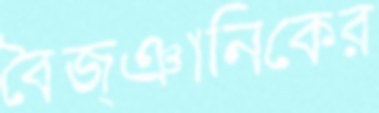
বৈজ্ঞানিকের